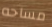
مساحه